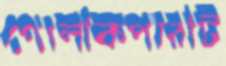
গোলকিপারটি